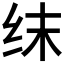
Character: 𬘚